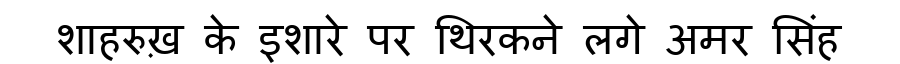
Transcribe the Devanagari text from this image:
शाहरुख़ के इशारे पर थिरकने लगे अमर सिंह